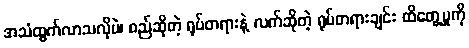
အသံထွက်လာသလိုပဲ၊ စည်ဆိုတဲ့ ရုပ်တရားနဲ့ လက်ဆိုတဲ့ ရုပ်တရားချင်း ထိတွေ့မှုကို